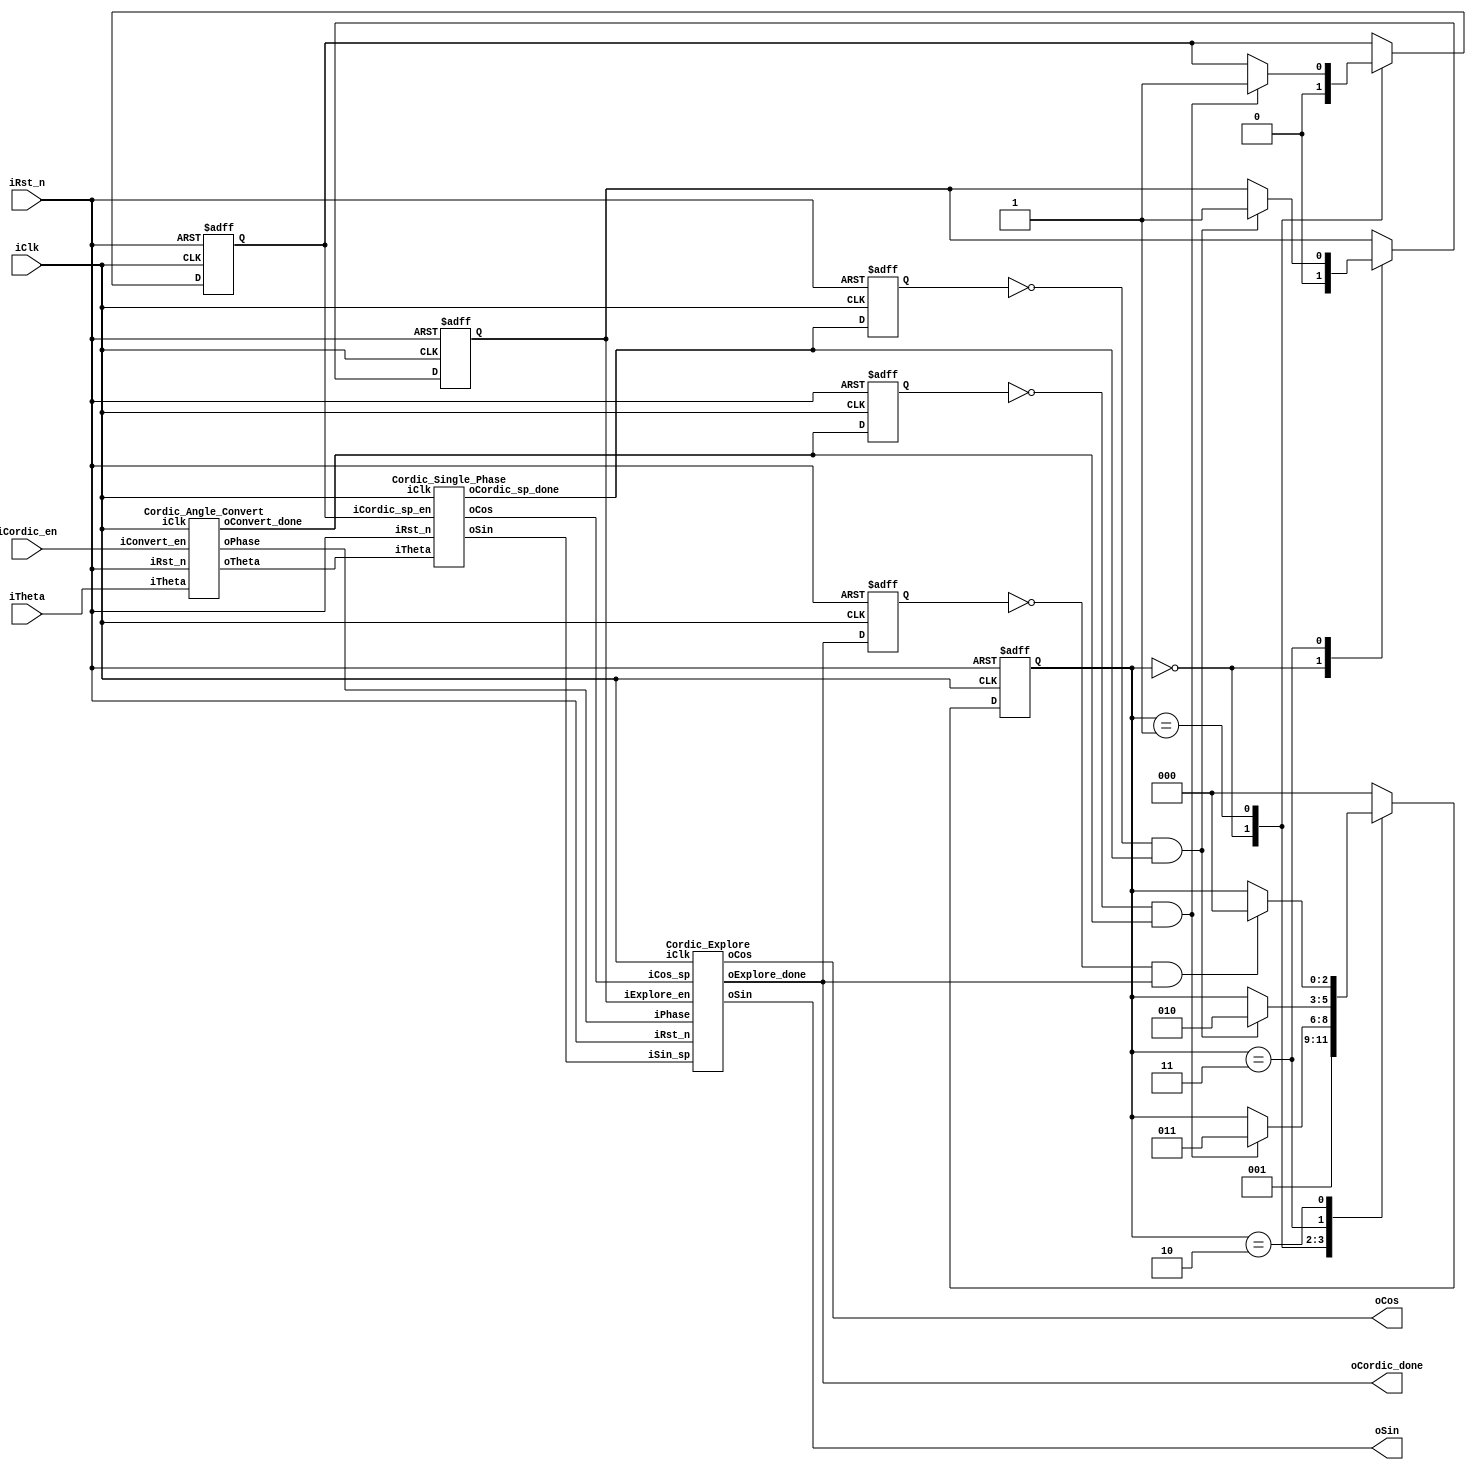
module Cordic(
    iClk,
    iRst_n,
    iCordic_en,
    iTheta,
    oSin,
    oCos,
    oCordic_done
);
    input wire iClk;
    input wire iRst_n;
    input wire iCordic_en;
    input wire [19:0] iTheta;
    output wire signed [15:0] oSin;
    output wire signed [15:0] oCos;
    output wire oCordic_done;

    //
    localparam S0 = 2'b00;
    localparam S1 = 2'b01;
    localparam S2 = 2'b11;
    localparam S3 = 2'b10;

    //
    reg ncordic_ac_done_pre_state;
    reg ncordic_sp_done_pre_state;
    reg ncordic_ep_done_pre_state;
    reg [2:0] state;

    //
    reg ncordic_sp_en;
    reg ncordic_ep_en;
    wire [17:0] ntheta_sp;
    wire signed [15:0] nsin_sp;
    wire signed [15:0] ncos_sp;
    wire [1:0] nphase;
    wire ncordic_sp_done;
    wire nconvert_done;
    wire nexplore_done;

    Cordic_Angle_Convert ncordic_angle_convert(
        .iClk(iClk),
        .iRst_n(iRst_n),
        .iConvert_en(iCordic_en),
        .iTheta(iTheta),
        .oPhase(nphase),
        .oTheta(ntheta_sp),
        .oConvert_done(nconvert_done)
    );

    Cordic_Single_Phase ncordic_single_phase(
        .iClk(iClk),
        .iRst_n(iRst_n),
        .iCordic_sp_en(ncordic_sp_en),
        .iTheta(ntheta_sp),
        .oSin(nsin_sp),
        .oCos(ncos_sp),
        .oCordic_sp_done(ncordic_sp_done)
    );

    Cordic_Explore ncordic_explore(
        .iClk(iClk),
        .iRst_n(iRst_n),
        .iExplore_en(ncordic_ep_en),
        .iSin_sp(nsin_sp),
        .iCos_sp(ncos_sp),
        .iPhase(nphase),
        .oSin(oSin),
        .oCos(oCos),
        .oExplore_done(nexplore_done)
    );

    always @(posedge iClk or negedge iRst_n) begin
        if(!iRst_n) begin
            ncordic_ac_done_pre_state <= 1'b0;
            ncordic_sp_done_pre_state <= 1'b0;
            ncordic_ep_done_pre_state <= 1'b0;
        end
        else begin
            ncordic_ac_done_pre_state <= nconvert_done;
            ncordic_sp_done_pre_state <= ncordic_sp_done;
            ncordic_ep_done_pre_state <= nexplore_done;
        end
    end

    always @(posedge iClk or negedge iRst_n) begin
        if(!iRst_n) begin
            state <= S0;
            ncordic_sp_en <= 1'b0;
            ncordic_ep_en <= 1'b0;
        end
        else begin
            case (state)
                S0: begin 
                    ncordic_sp_en <= 1'b0;
                    ncordic_ep_en <= 1'b0;
                    state <= S1;
                end
                S1: begin
                    if((!ncordic_ac_done_pre_state) & nconvert_done) begin
                        ncordic_sp_en <= 1'b1;
                        state <= S2;
                    end
                    else begin
                        state <= state;
                    end
                end
                S2: begin
                    if((!ncordic_sp_done_pre_state) & ncordic_sp_done) begin
                        ncordic_ep_en <= 1'b1;
                        state <= S3;
                    end
                    else begin
                        state <= state;
                    end
                end
                S3: begin
                    if((!ncordic_ep_done_pre_state) & nexplore_done) begin
                        state <= S0;
                    end
                    else begin
                        state <= state;
                    end
                end
                default: state <= S0;
            endcase
        end
    end
    assign oCordic_done = nexplore_done;

endmodule

module Cordic_Angle_Convert(
    iClk,
    iRst_n,
    iConvert_en,
    iTheta,
    oTheta,
    oPhase,
    oConvert_done
);
    input wire iClk;
    input wire iRst_n;
    input wire iConvert_en;
    input wire [19:0] iTheta;
    output reg [17:0] oTheta;
    output reg [1:0] oPhase;
    output reg oConvert_done;

    //
    // localparam phase_1 = 2'b00;
    // localparam phase_2 = 2'b01;
    // localparam phase_3 = 2'b10;
    // localparam phase_4 = 2'b11;

    reg nconvert_en_pre_state;

    always @(posedge iClk or negedge iRst_n) begin
        if(!iRst_n) begin
            nconvert_en_pre_state <= 1'b0;
        end
        else begin
            nconvert_en_pre_state <= iConvert_en;
        end
    end

    always @(posedge iClk or negedge iRst_n) begin
        if(!iRst_n) begin
            oPhase <= 2'b00;
            oTheta <= 18'd0;
            oConvert_done <= 1'b0;
        end
        else if((!nconvert_en_pre_state) & iConvert_en) begin
            oPhase <= iTheta[19:18];
            oTheta <= iTheta[17:0];
            oConvert_done <= 1'b1; 
        end
        else begin
            oConvert_done <= 1'b0;
        end
    end

endmodule

module Cordic_Single_Phase(
    iClk,
    iRst_n,
    iCordic_sp_en,
    iTheta,
    oSin,
    oCos,
    oCordic_sp_done
);
    input wire iClk;
    input wire iRst_n;
    input wire iCordic_sp_en;
    input wire [17:0] iTheta;
    output reg [15:0] oSin;
    output reg [15:0] oCos;
    output reg oCordic_sp_done;

    //
    localparam rot0 = $signed(18'd131071);
    localparam rot1 = $signed(18'd77376);
    localparam rot2 = $signed(18'd40883);
    localparam rot3 = $signed(18'd20753);
    localparam rot4 = $signed(18'd10416);
    localparam rot5 = $signed(18'd5213);
    localparam rot6 = $signed(18'd2607);
    localparam rot7 = $signed(18'd1303);
    localparam rot8 = $signed(18'd651);
    localparam rot9 = $signed(18'd325);
    localparam rot10 = $signed(18'd163);
    localparam rot11 = $signed(18'd81);
    localparam rot12 = $signed(18'd40);
    localparam rot13 = $signed(18'd20);
    localparam rot14 = $signed(18'd10);
    localparam rot15 = $signed(18'd4);

    //
    localparam S0 = 4'b0000;
    localparam S1 = 4'b0001;
    localparam S2 = 4'b0011;
    localparam S3 = 4'b0010;
    localparam S4 = 4'b0110;
    localparam S5 = 4'b0111;
    localparam S6 = 4'b0101;
    localparam S7 = 4'b0100;
    localparam S8 = 4'b1100;
    localparam S9 = 4'b1101;
    localparam S10 = 4'b1111;
    localparam S11 = 4'b1110;
    localparam S12 = 4'b1010;
    localparam S13 = 4'b1011;
    localparam S14 = 4'b1001;
    localparam S15 = 4'b1000;

    reg ncordic_sp_en_pre_state;
    reg [3:0] state;
    reg signed [15:0] ntemp_cos,ntemp_sin;
    reg signed [22:0] nerror;

    always @(posedge iClk or negedge iRst_n) begin
        if(!iRst_n) begin
            ncordic_sp_en_pre_state <= 1'b0;
        end
        else begin
            ncordic_sp_en_pre_state <= iCordic_sp_en;
        end
    end

    always @(posedge iClk or negedge iRst_n) begin
        if(!iRst_n) begin
            state <= S0;
            ntemp_cos <= 16'd0;
            ntemp_sin <= 16'd0;
            nerror <= 23'd0;
            oCos <= 16'd0;
            oSin <= 16'd0;
            oCordic_sp_done <= 1'b0;
        end
        else begin
            case (state)
                S0: begin
                    if((!ncordic_sp_en_pre_state) & iCordic_sp_en) begin
                        nerror <= iTheta;
                        ntemp_cos <= 16'd19897;
                        ntemp_sin <= 16'd0;
                        state <= S1;
                    end
                    else begin
                        ntemp_cos <= 16'd0;
                        ntemp_sin <= 16'd0;
                        oCordic_sp_done <= 1'b0;
                        state <= state;
                    end
                end
                S1: begin
                    ntemp_cos <= nerror[22] ? (ntemp_cos + (ntemp_sin>>>0)) : (ntemp_cos - (ntemp_sin>>>0));
                    ntemp_sin <= nerror[22] ? (ntemp_sin - (ntemp_cos>>>0)) : (ntemp_sin + (ntemp_cos>>>0));
                    nerror <= nerror[22] ? (nerror + rot0) : (nerror - rot0);
                    state <= S2;
                end
                S2: begin
                    ntemp_cos <= nerror[22] ? (ntemp_cos + (ntemp_sin>>>1)) : (ntemp_cos - (ntemp_sin>>>1));
                    ntemp_sin <= nerror[22] ? (ntemp_sin - (ntemp_cos>>>1)) : (ntemp_sin + (ntemp_cos>>>1));
                    nerror <= nerror[22] ? (nerror + rot1) : (nerror - rot1);
                    state <= S3;
                end
                S3: begin
                    ntemp_cos <= nerror[22] ? (ntemp_cos + (ntemp_sin>>>2)) : (ntemp_cos - (ntemp_sin>>>2));
                    ntemp_sin <= nerror[22] ? (ntemp_sin - (ntemp_cos>>>2)) : (ntemp_sin + (ntemp_cos>>>2));
                    nerror <= nerror[22] ? (nerror + rot2) : (nerror - rot2);
                    state <= S4;
                end
                S4: begin
                    ntemp_cos <= nerror[22] ? (ntemp_cos + (ntemp_sin>>>3)) : (ntemp_cos - (ntemp_sin>>>3));
                    ntemp_sin <= nerror[22] ? (ntemp_sin - (ntemp_cos>>>3)) : (ntemp_sin + (ntemp_cos>>>3));
                    nerror <= nerror[22] ? (nerror + rot3) : (nerror - rot3);
                    state <= S5;
                end
                S5: begin
                    ntemp_cos <= nerror[22] ? (ntemp_cos + (ntemp_sin>>>4)) : (ntemp_cos - (ntemp_sin>>>4));
                    ntemp_sin <= nerror[22] ? (ntemp_sin - (ntemp_cos>>>4)) : (ntemp_sin + (ntemp_cos>>>4));
                    nerror <= nerror[22] ? (nerror + rot4) : (nerror - rot4);
                    state <= S6;
                end
                S6: begin
                    ntemp_cos <= nerror[22] ? (ntemp_cos + (ntemp_sin>>>5)) : (ntemp_cos - (ntemp_sin>>>5));
                    ntemp_sin <= nerror[22] ? (ntemp_sin - (ntemp_cos>>>5)) : (ntemp_sin + (ntemp_cos>>>5));
                    nerror <= nerror[22] ? (nerror + rot5) : (nerror - rot5);
                    state <= S7;
                end
                S7: begin
                    ntemp_cos <= nerror[22] ? (ntemp_cos + (ntemp_sin>>>6)) : (ntemp_cos - (ntemp_sin>>>6));
                    ntemp_sin <= nerror[22] ? (ntemp_sin - (ntemp_cos>>>6)) : (ntemp_sin + (ntemp_cos>>>6));
                    nerror <= nerror[22] ? (nerror + rot6) : (nerror - rot6);
                    state <= S8;
                end
                S8: begin
                    ntemp_cos <= nerror[22] ? (ntemp_cos + (ntemp_sin>>>7)) : (ntemp_cos - (ntemp_sin>>>7));
                    ntemp_sin <= nerror[22] ? (ntemp_sin - (ntemp_cos>>>7)) : (ntemp_sin + (ntemp_cos>>>7));
                    nerror <= nerror[22] ? (nerror + rot7) : (nerror - rot7);
                    state <= S9;
                end
                S9: begin
                    ntemp_cos <= nerror[22] ? (ntemp_cos + (ntemp_sin>>>8)) : (ntemp_cos - (ntemp_sin>>>8));
                    ntemp_sin <= nerror[22] ? (ntemp_sin - (ntemp_cos>>>8)) : (ntemp_sin + (ntemp_cos>>>8));
                    nerror <= nerror[22] ? (nerror + rot8) : (nerror - rot8);
                    state <= S10;
                end
                S10: begin
                    ntemp_cos <= nerror[22] ? (ntemp_cos + (ntemp_sin>>>9)) : (ntemp_cos - (ntemp_sin>>>9));
                    ntemp_sin <= nerror[22] ? (ntemp_sin - (ntemp_cos>>>9)) : (ntemp_sin + (ntemp_cos>>>9));
                    nerror <= nerror[22] ? (nerror + rot9) : (nerror - rot9);
                    state <= S11;
                end
                S11: begin
                    ntemp_cos <= nerror[22] ? (ntemp_cos + (ntemp_sin>>>10)) : (ntemp_cos - (ntemp_sin>>>10));
                    ntemp_sin <= nerror[22] ? (ntemp_sin - (ntemp_cos>>>10)) : (ntemp_sin + (ntemp_cos>>>10));
                    nerror <= nerror[22] ? (nerror + rot10) : (nerror - rot10);
                    state <= S12;
                end
                S12: begin
                    ntemp_cos <= nerror[22] ? (ntemp_cos + (ntemp_sin>>>11)) : (ntemp_cos - (ntemp_sin>>>11));
                    ntemp_sin <= nerror[22] ? (ntemp_sin - (ntemp_cos>>>11)) : (ntemp_sin + (ntemp_cos>>>11));
                    nerror <= nerror[22] ? (nerror + rot11) : (nerror - rot11);
                    state <= S13;
                end
                S13: begin
                    ntemp_cos <= nerror[22] ? (ntemp_cos + (ntemp_sin>>>12)) : (ntemp_cos - (ntemp_sin>>>12));
                    ntemp_sin <= nerror[22] ? (ntemp_sin - (ntemp_cos>>>12)) : (ntemp_sin + (ntemp_cos>>>12));
                    nerror <= nerror[22] ? (nerror + rot12) : (nerror - rot12);
                    state <= S14;
                end
                S14: begin
                    ntemp_cos <= nerror[22] ? (ntemp_cos + (ntemp_sin>>>13)) : (ntemp_cos - (ntemp_sin>>>13));
                    ntemp_sin <= nerror[22] ? (ntemp_sin - (ntemp_cos>>>13)) : (ntemp_sin + (ntemp_cos>>>13));
                    nerror <= nerror[22] ? (nerror + rot13) : (nerror - rot13);
                    state <= S15;
                end
                S15: begin
                    oCos <= nerror[22] ? (ntemp_cos + (ntemp_sin>>>14)) : (ntemp_cos - (ntemp_sin>>>14));
                    oSin <= nerror[22] ? (ntemp_sin - (ntemp_cos>>>14)) : (ntemp_sin + (ntemp_cos>>>14));
                    oCordic_sp_done <= 1'b1;
                    state <= S0;
                end
                default: state <= S0;
            endcase
        end
    end
endmodule

module Cordic_Explore(
    iClk,
    iRst_n,
    iExplore_en,
    iSin_sp,
    iCos_sp,
    iPhase,
    oSin,
    oCos,
    oExplore_done
);
    input wire iClk;
    input wire iRst_n;
    input wire iExplore_en;
    input wire signed [15:0] iSin_sp;
    input wire signed [15:0] iCos_sp;
    input wire [1:0] iPhase;
    output reg signed [15:0] oSin;
    output reg signed [15:0] oCos;
    output reg oExplore_done;

    //
    localparam phase_1 = 2'b00;
    localparam phase_2 = 2'b01;
    localparam phase_3 = 2'b10;
    localparam phase_4 = 2'b11;

    reg nexplore_en_pre_state;

    always @(posedge iClk or negedge iRst_n) begin
        if(!iRst_n) begin
            nexplore_en_pre_state <= 1'b0;
        end
        else begin
            nexplore_en_pre_state <= iExplore_en;
        end
    end

    always @(posedge iClk or negedge iRst_n) begin
        if(!iRst_n) begin
            oSin <= 16'd0;
            oCos <= 16'd0;
            oExplore_done <= 1'b0;
        end
        else if((!nexplore_en_pre_state) & iExplore_en) begin
            case (iPhase)
                phase_1: begin
                    oSin <= iSin_sp;
                    oCos <= iCos_sp;
                end
                phase_2: begin
                    oSin <= iCos_sp;
                    oCos <= 16'd0 - iSin_sp;
                end
                phase_3: begin
                    oSin <= 16'd0 - iSin_sp;
                    oCos <= 16'd0 - iCos_sp;
                end
                phase_4: begin
                    oSin <= 16'd0 - iCos_sp;
                    oCos <= iSin_sp;
                end
                default: ;
            endcase
            oExplore_done <= 1'b1;
        end
        else begin
            oExplore_done <= 1'b0;
        end
    end
endmodule